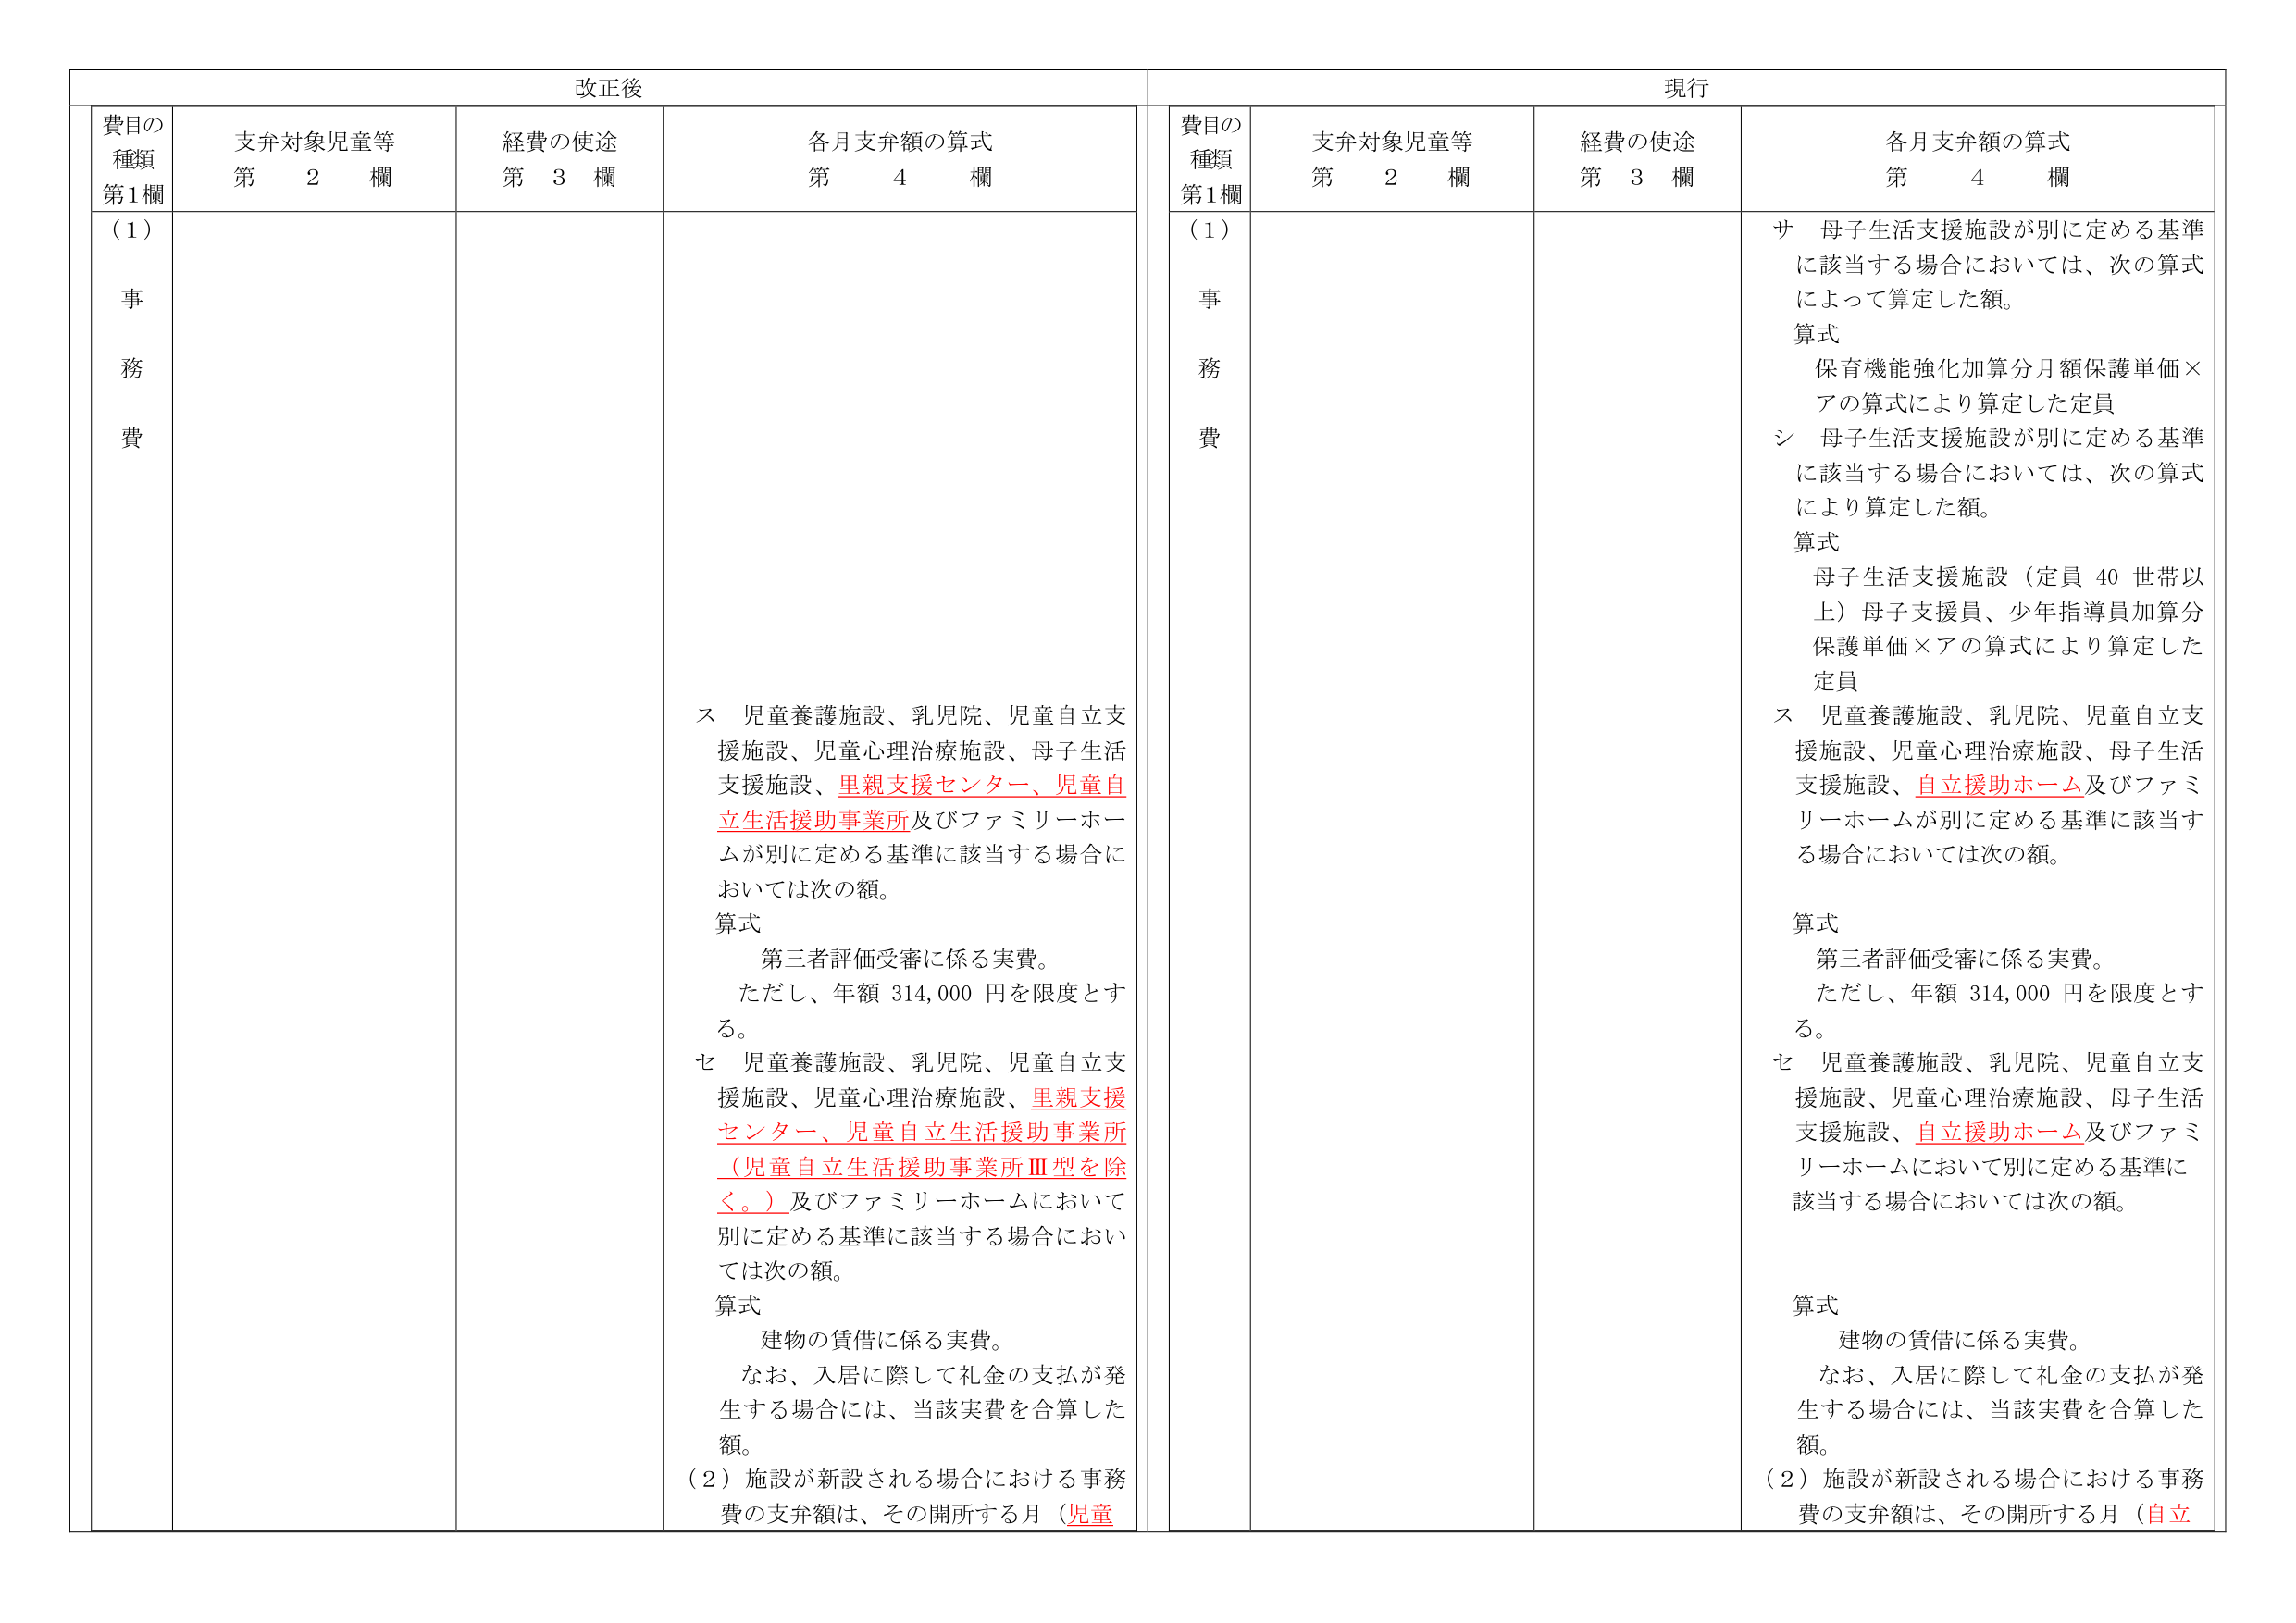
改正後

費目の
種類
第1欄

支弁対象児童等
第　2　欄

経費の使途
第　3　欄

各月支弁額の算式
第　4　欄

（1）
事
務
費

ス　児童養護施設、乳児院、児童自立支援施設、児童心理治療施設、母子生活支援施設、里親支援センター、児童自立生活援助事業所及びファミリーホームが別に定める基準に該当する場合においては次の額。
算式
　第三者評価受審に係る実費。
　ただし、年額 314,000 円を限度とする。
セ　児童養護施設、乳児院、児童自立支援施設、児童心理治療施設、里親支援センター、児童自立生活援助事業所（児童自立生活援助事業所Ⅲ型を除く。）及びファミリーホームにおいて別に定める基準に該当する場合においては次の額。
算式
　建物の賃借に係る実費。
　なお、入居に際して礼金の支払が発生する場合には、当該実費を合算した額。
（2）施設が新設される場合における事務費の支弁額は、その開所する月（児童

現行

費目の
種類
第1欄

支弁対象児童等
第　2　欄

経費の使途
第　3　欄

各月支弁額の算式
第　4　欄

（1）
事
務
費

サ　母子生活支援施設が別に定める基準に該当する場合においては、次の算式によって算定した額。
算式
　保育機能強化加算分月額保護単価×アの算式により算定した定員
シ　母子生活支援施設が別に定める基準に該当する場合においては、次の算式により算定した額。
算式
　母子生活支援施設（定員 40 世帯以上）母子支援員、少年指導員加算分保護単価×アの算式により算定した定員
ス　児童養護施設、乳児院、児童自立支援施設、児童心理治療施設、母子生活支援施設、自立援助ホーム及びファミリーホームが別に定める基準に該当する場合においては次の額。
算式
　第三者評価受審に係る実費。
　ただし、年額 314,000 円を限度とする。
セ　児童養護施設、乳児院、児童自立支援施設、児童心理治療施設、母子生活支援施設、自立援助ホーム及びファミリーホームにおいて別に定める基準に該当する場合においては次の額。
算式
　建物の賃借に係る実費。
　なお、入居に際して礼金の支払が発生する場合には、当該実費を合算した額。
（2）施設が新設される場合における事務費の支弁額は、その開所する月（自立